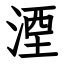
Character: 湮